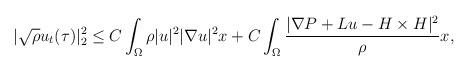
LaTeX: \begin{align*}|\sqrt{\rho}u_t(\tau)|^2_2\leq C\int_{\Omega} \rho |u|^2|\nabla u|^2x+C\int_{\Omega} \frac{|\nabla P+Lu- H\times H|^2}{\rho}x,\end{align*}